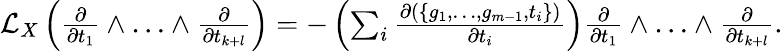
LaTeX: \begin{array}{r}{\mathcal{L}_{X}\left(\frac{\partial}{\partial t_{1}}\land\dotsc\land\frac{\partial}{\partial t_{k+l}}\right)=-\left(\sum_{i}\frac{\partial(\{ g_{1},\dotsc,g_{m-1},t_{i}\} )}{\partial t_{i}}\right)\frac{\partial}{\partial t_{1}}\land\dotsc\land\frac{\partial}{\partial t_{k+l}}.}\end{array}